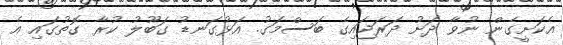
އެކަށީގެން ނުވާ ދަށު ދަރަޖައިގެ ބަސްމަގު. އަޅުގަނޑު ގަބޫލު ކުރާ ގޮތުގައި އެ